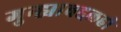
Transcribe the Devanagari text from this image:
गुन्ह्याबद्दलही